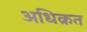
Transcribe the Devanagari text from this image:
अधिक्रत